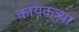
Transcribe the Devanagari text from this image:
कायकत्र्या